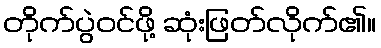
တိုက်ပွဲဝင်ဖို့ ဆုံးဖြတ်လိုက်၏။